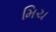
મિચ